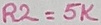
Text: R2=5K